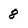
Character: 8